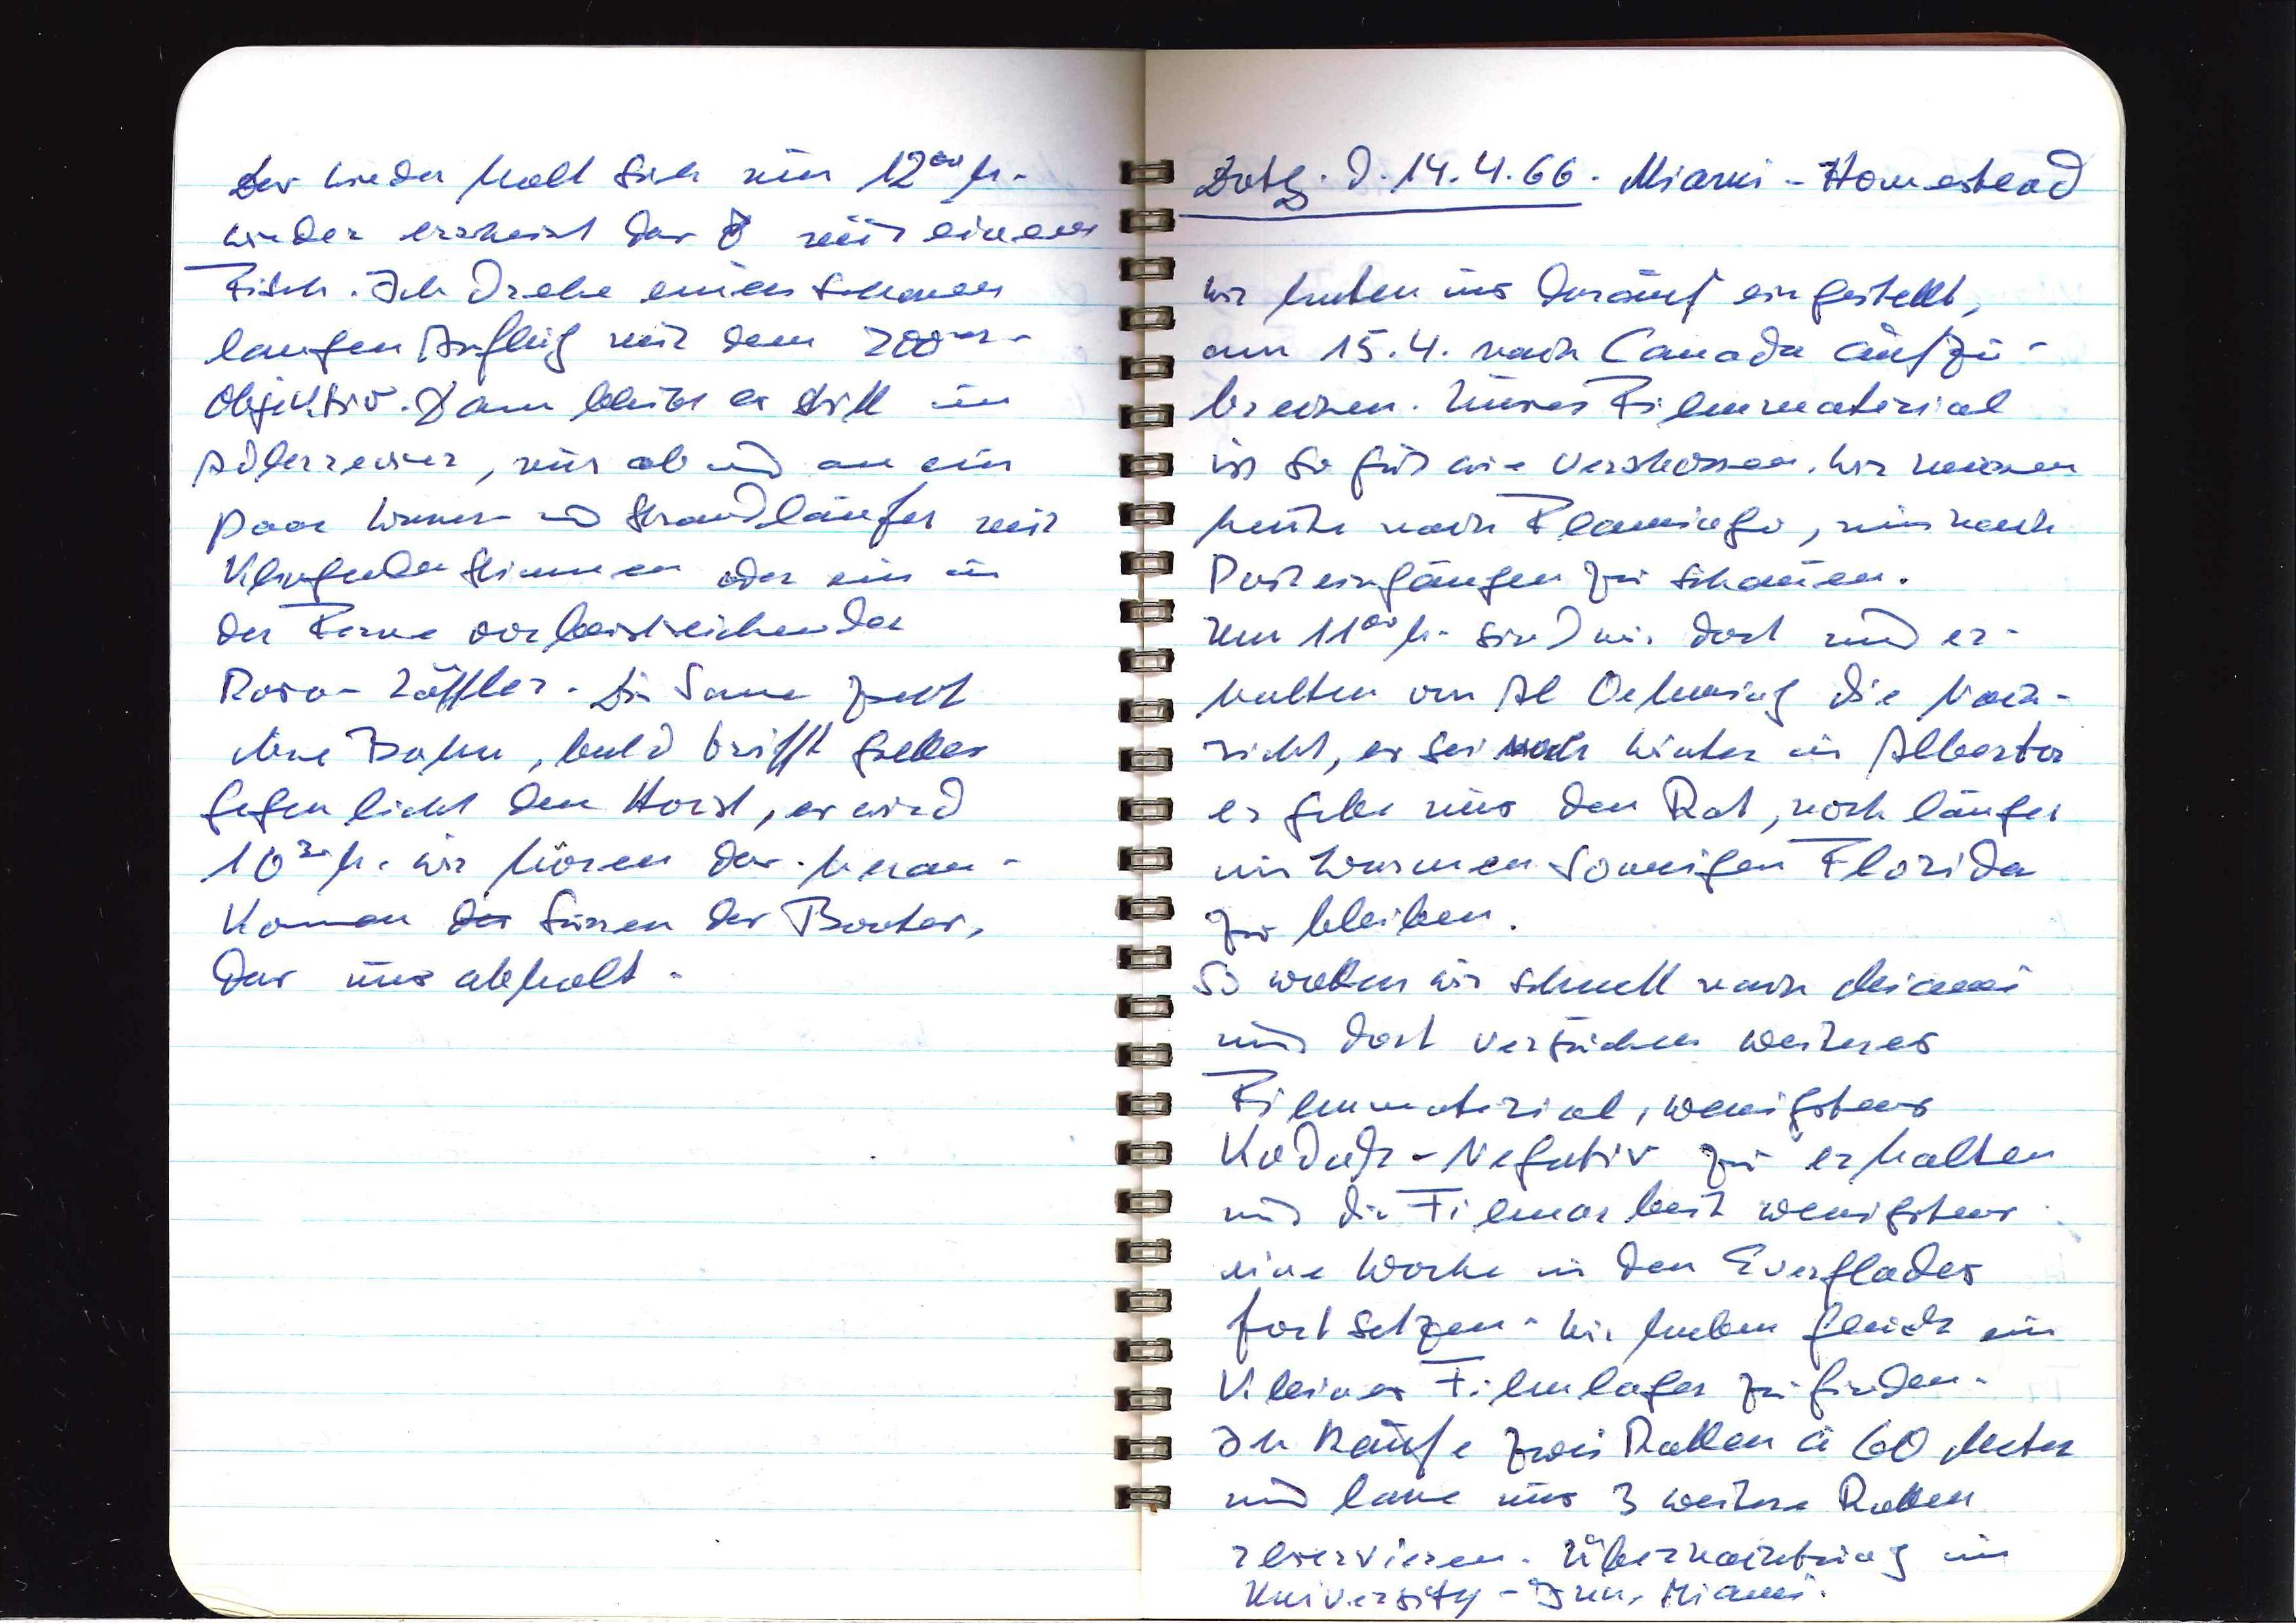
Das wiederholt sich um 1200 h.
Wieder erscheint das ♂ mit einem
Fisch. Ich drehe einen schönen
langen Anflug mit dem 200er-
Objektiv. Dann bleibt es still im
Adlernest, nur ab und an ein
Paar Würmer und Strandläufer mit
klingenden Stimmen oder ein in
der Ferne vorbeistreichender
Rosa-Löffler. Die Sonne zieht
ihre Bahn, bald trifft grelles
Gegenlicht den Horst, es wird
1030 h. Wir hören das heran¬
kommende Surren des Bootes,
das uns abholt.

Dotg. d. 14.4.66. Miami — Homestead
Wir haben uns darauf eingestellt,
am 15.4. nach Canada aufzu¬
brechen. Unser Filmmaterial
ist so gut wie verschossen. Wir müssen
heute nach Flamingo, um nach
Posteingängen zu schauen.
Um 1100 h. sind wir dort und er¬
halten von Al Oehming die Nach¬
richt, es sei noch Winter in Alberta
er gibt uns den Rat, noch länger
im warmen sonnigen Florida
zu bleiben.
So wollen wir schnell nach Miami
und dort versuchen weiteres
Filmmaterial, wenigstens
Kodak-Negativ zu erhalten
und die Filmarbeit wenigstens
eine Woche in den Everglades
fortsetzen. Wir haben Glück ein
kleines Filmlager zu finden.
Ich kaufe zwei Rollen à 60 Meter
und lasse mir 3 weitere Rollen
reservieren. Übernachtung im
University-Inn, Miami.